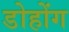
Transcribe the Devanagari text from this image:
डोहोंग